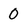
Character: 0